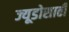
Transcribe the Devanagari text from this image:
ज्यूडोसाठी